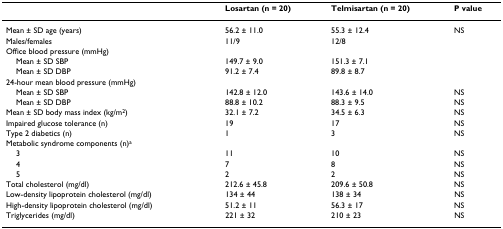
<table><thead><tr><td></td><td><b>Losartan (n = 20)</b></td><td><b>Telmisartan (n = 20)</b></td><td><b>P value</b></td></tr></thead><tbody><tr><td>Mean ± SD age (years)</td><td>56.2 ± 11.0</td><td>55.3 ± 12.4</td><td>NS</td></tr><tr><td>Males/females</td><td>11/9</td><td>12/8</td><td></td></tr><tr><td>Office blood pressure (mmHg)</td><td></td><td></td><td></td></tr><tr><td> Mean ± SD SBP</td><td>149.7 ± 9.0</td><td>151.3 ± 7.1</td><td></td></tr><tr><td> Mean ± SD DBP</td><td>91.2 ± 7.4</td><td>89.8 ± 8.7</td><td></td></tr><tr><td>24-hour mean blood pressure (mmHg)</td><td></td><td></td><td></td></tr><tr><td> Mean ± SD SBP</td><td>142.8 ± 12.0</td><td>143.6 ± 14.0</td><td>NS</td></tr><tr><td> Mean ± SD DBP</td><td>88.8 ± 10.2</td><td>88.3 ± 9.5</td><td>NS</td></tr><tr><td>Mean ± SD body mass index (kg/m<sup>2</sup>)</td><td>32.1 ± 7.2</td><td>34.5 ± 6.3</td><td>NS</td></tr><tr><td>Impaired glucose tolerance (n)</td><td>19</td><td>17</td><td>NS</td></tr><tr><td>Type 2 diabetics (n)</td><td>1</td><td>3</td><td>NS</td></tr><tr><td>Metabolic syndrome components (n)<sup>a</sup></td><td></td><td></td><td></td></tr><tr><td> 3</td><td>11</td><td>10</td><td>NS</td></tr><tr><td> 4</td><td>7</td><td>8</td><td>NS</td></tr><tr><td> 5</td><td>2</td><td>2</td><td>NS</td></tr><tr><td>Total cholesterol (mg/dl)</td><td>212.6 ± 45.8</td><td>209.6 ± 50.8</td><td>NS</td></tr><tr><td>Low-density lipoprotein cholesterol (mg/dl)</td><td>134 ± 44</td><td>138 ± 34</td><td>NS</td></tr><tr><td>High-density lipoprotein cholesterol (mg/dl)</td><td>51.2 ± 11</td><td>56.3 ± 17</td><td>NS</td></tr><tr><td>Triglycerides (mg/dl)</td><td>221 ± 32</td><td>210 ± 23</td><td>NS</td></tr></tbody></table>